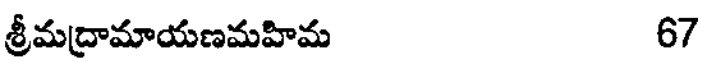
శ్రీమద్రామాయణమహిమ 67